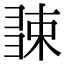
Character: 𢑧